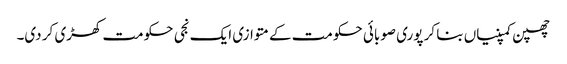
چھپن کمپنیاں بنا کر پوری صوبائی حکومت کے متوازی ایک نجی حکومت کھڑی کر دی۔